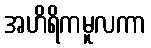
အဟိရိကမူလကာ